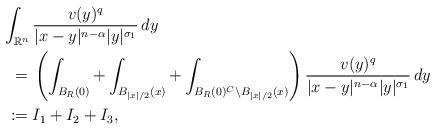
LaTeX: \begin{align*}\int_{\mathbb{R}^n} {} & \frac{v(y)^q}{|x-y|^{n-\alpha}|y|^{\sigma_1}}\,dy \\= {} & \left( \int_{B_{R}(0)} + \int_{B_{|x|/2}(x)} + \int_{B_{R}(0)^{C}\backslash B_{|x|/2}(x)} \right) \frac{v(y)^q}{|x-y|^{n-\alpha}|y|^{\sigma_1}}\,dy \\:= {} & I_1 + I_2 + I_3,\end{align*}